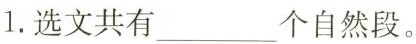
1.选文共有___个自然段。